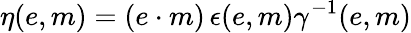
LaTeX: \eta(e,m)=(e\cdot m)\, \epsilon(e,m)\gamma^{-1}(e,m)